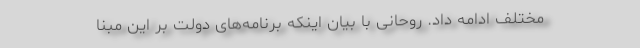
مختلف ادامه داد. روحانی با بیان اینکه برنامه‌های دولت بر این مبنا